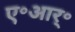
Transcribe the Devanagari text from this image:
ए॰आर्॰